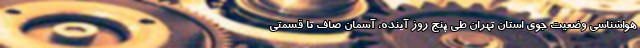
هواشناسی وضعیت جوی استان تهران طی پنج روز آینده، آسمان صاف تا قسمتی